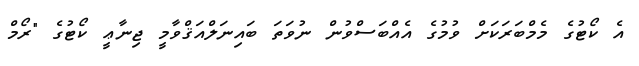
އެ ކޯޓުގެ މެމްބަރަކަށް ވުމުގެ އެއްބަސްވުން ނުވަތަ ބައިނަލްއަޤްވާމީ ޖިނާޢީ ކޯޓުގެ "ރޯމް